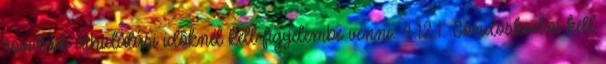
rövidebb áthidalási idõknél kell figyelembe venni. 4.12.1. Gondoskodni kell